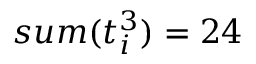
s u m ( t _ { i } ^ { 3 } ) = 2 4